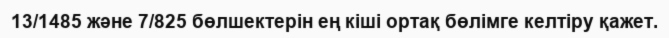
13/1485 және 7/825 бөлшектерін ең кіші ортақ бөлімге келтіру қажет.